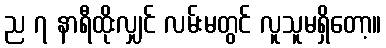
ည ၇ နာရီထိုးလျှင် လမ်းမတွင် လူသူမရှိတော့။